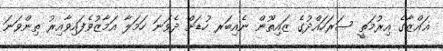
ޣައްޒާގެ އިރުމަތީ ސަރަހައްދުގެ ޒައިތޫން ނެއިބަރ ހުޑަށް ދެވަނަ ހަމަލާ އަމާޒުވެފައިވާއިރު ތިންވަނަ